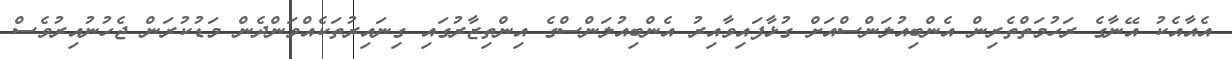
އެއާއެކު އޭނާގެ ރަހުމަތްތެރިން އެންބިއުލަންސްއަށް ގުޅާފައިވާއިރު އެންބިއުލަންސްގެ އިންތިޒާރުގައި ގިނައިރުތަކެއްވަންދެން މަޑުކުރަން ޖެހުނުއިރުވެސް